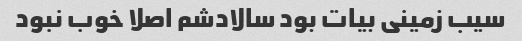
سیب زمینی بیات بود سالادشم اصلا خوب نبود